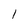
Character: 1